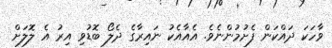
ވާހަކަ ދައްކަން ފެށުމުންނެވެ. އެއާއެކު ނައިރާގެ ދެލޯ ބޮޑުވި އިރު އެ ލޮލަށް